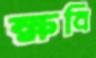
ক্ষবি